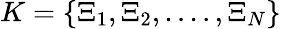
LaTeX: K=\{ \Xi_{1},\Xi_{2},....,\Xi_{N}\}